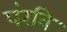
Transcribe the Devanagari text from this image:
पंरवि